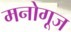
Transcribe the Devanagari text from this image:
मनोगूज